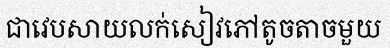
ជាវេបសាយលក់សៀវភៅតូចតាចមួយ